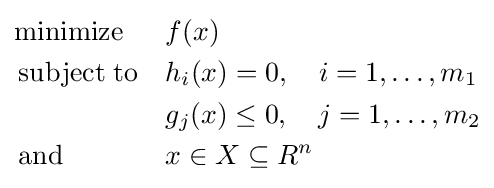
{\begin{aligned}&{\operatorname {minimize} }&&f(x)\\&\operatorname {subject\;to} &&h_{i}(x)=0,\quad i=1,\dots ,m_{1}\\&&&g_{j}(x)\leq 0,\quad j=1,\dots ,m_{2}\\&\operatorname {and} &&x\in X\subseteq R^{n}\end{aligned}}